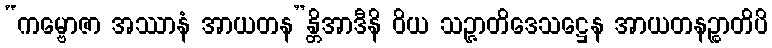
“ကမ္ဗောဇာ အဿာနံ အာယတန”န္တိအာဒီနိ ဝိယ သဉ္ဇာတိဒေသဋ္ဌေန အာယတနဉ္စာတိပိ